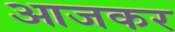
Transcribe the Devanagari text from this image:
आजकर